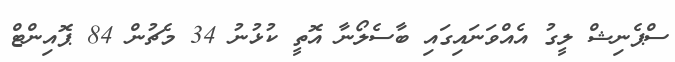
ސްޕެނިޝް ލީގު އެއްވަނައިގައި ބާސެލޯނާ އޮތީ ކުޅުނު 34 މެޗުން 84 ޕޮއިންޓް